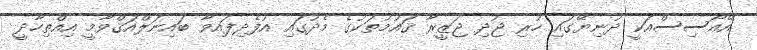
އޭއޯސިސްއަކީ ދުނިޔޭގައި ހުރި ޖުދި ޖަޒީރާ ޤައުމުތަކުގެ މެދުގައި އުފެދިފައިވާ ބައިނަލްއަޤްވާމީ އިއްތިހާދީ